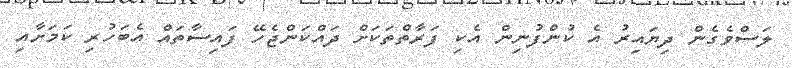
ލަސްވެގެން ދިޔައިރު އެ ކުންފުނިން އެކި ފަރާތްތަކަށް ދައްކަންޖެހޭ ފައިސާތައް އެބަހުރި ކަމަށާއި